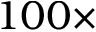
1 0 0 \times